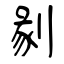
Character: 剶